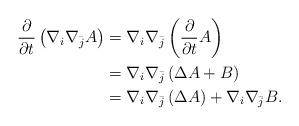
LaTeX: \begin{align*}\frac{\partial}{\partial t}\left(\nabla_i\nabla_{\bar{j}}A\right)&=\nabla_i\nabla_{\bar{j}}\left(\frac{\partial}{\partial t}A\right)\\&=\nabla_i\nabla_{\bar{j}}\left(\Delta {A}+B\right)\\&=\nabla_i\nabla_{\bar{j}}\left(\Delta {A}\right)+\nabla_i\nabla_{\bar{j}}B. \end{align*}